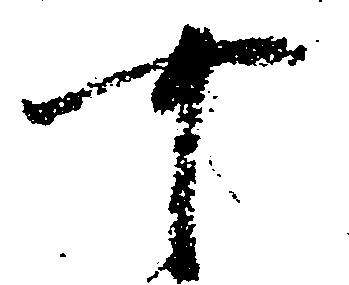
可